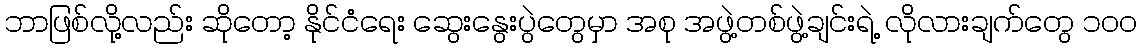
ဘာဖြစ်လို့လည်း ဆိုတော့ နိုင်ငံရေး ဆွေးနွေးပွဲတွေမှာ အစု အဖွဲ့တစ်ဖွဲ့ချင်းရဲ့ လိုလားချက်တွေ ၁၀၀